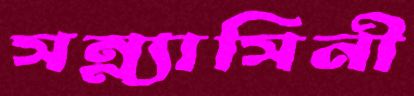
সন্ন্যাসিনী